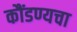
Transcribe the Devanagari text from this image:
कौंडण्यचा